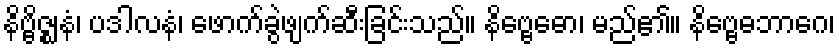
နိဗ္ဗိဇ္ဈနံ၊ ပဒါလနံ၊ ဖောက်ခွဲဖျက်ဆီးခြင်းသည်။ နိဗ္ဗေဓော၊ မည်၏။ နိဗ္ဗေဓဘာဂေ၊